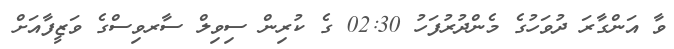
ވާ އަންގާރަ ދުވަހުގެ މެންދުރުފަހު 02:30 ގެ ކުރިން ސިވިލް ސާރވިސްގެ ވަޒީފާއަށް